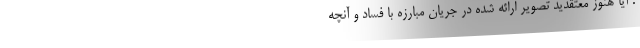
. آیا هنوز معتقدید تصویر ارائه شده در جریان مبارزه با فساد و آنچه